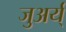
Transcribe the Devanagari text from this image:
जुअर्य्